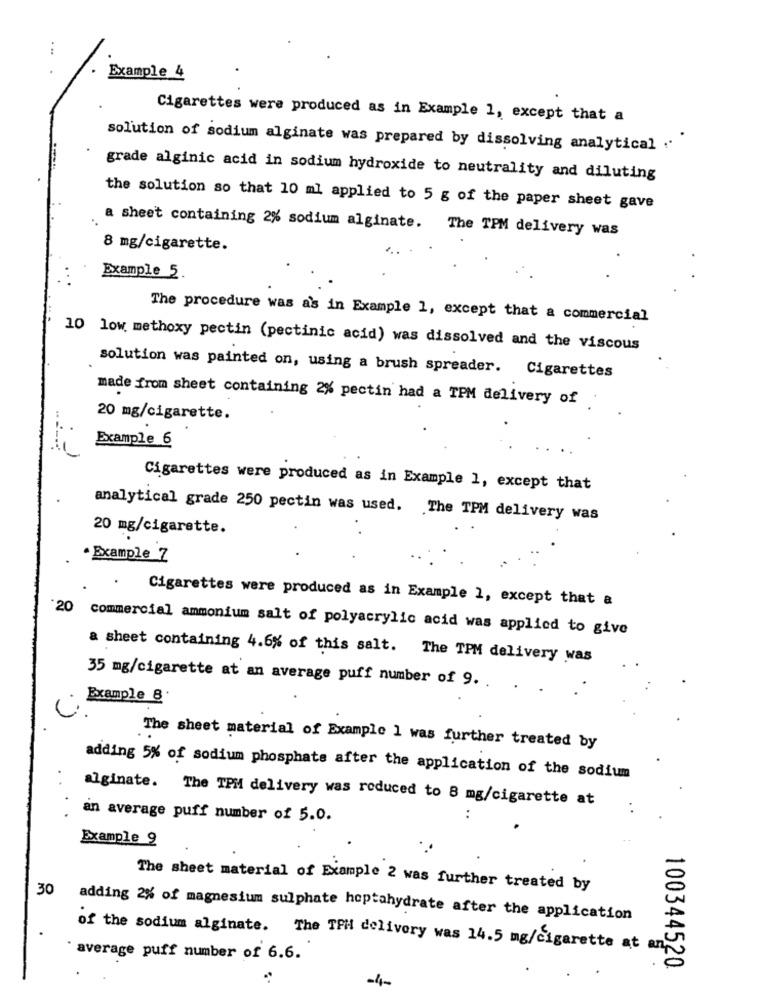
Example 4
Cigarettes were produced as in Example 1, except that a
solution of sodium alginate was prepared by dissolving analytical :"
grade alginic acid in sodium hydroxide to neutrality and diluting
the solution so that 10 ml applied to 5 g of the paper sheet gave
a sheet containing 2% sodium alginate. The TPM delivery was
8 mg/cigarette.
Example 5.
The procedure was a's in Example 1, except that a commercial
10 low methoxy pectin (pectinic acid) was dissolved and the viscous
solution was painted on, using a brush spreader. Cigarettes
made from sheet containing 2% pectin had a TPM delivery of
20 mg/cigarette.
Example 6
Cigarettes were produced as in Example 1, except that
analytical grade 250 pectin was used. The TPM delivery was
20 mg/cigarette.
. Example 7
Cigarettes were produced as in Example 1, except that a
20 commercial ammonium salt of polyacrylic acid was applied to give
a sheet containing 4.6% of this salt. The TPM delivery was
35 mg/cigarette at an average puff number of 9 ..
Example 8
The sheet material of Example 1 was further treated by
adding 5% of sodium phosphate after the application of the sodium
alginate. The TPM delivery was reduced to 8 mg/cigarette at
an average puff number of 5.0.
..
Example 9
The sheet material of Example 2 was further treated by
30 adding 2% of magnesium sulphate hoptahydrate after the application
of the sodium alginate. The TPH delivery was 14.5 mg/cigarette at an
* average puff number of 6.6.
100344520
-4-